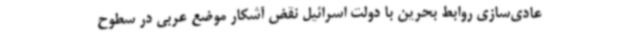
عادی‌سازی روابط بحرین با دولت اسرائیل نقض آشکار موضع عربی در سطوح